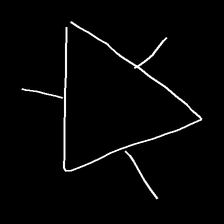
Glyph: fire